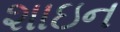
શાઇન